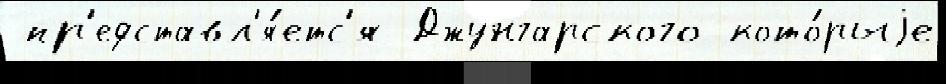
 пр'едставл'я́етс'я Джунгарского кото́рыjе